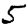
Digit: 5